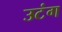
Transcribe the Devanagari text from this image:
उटंग